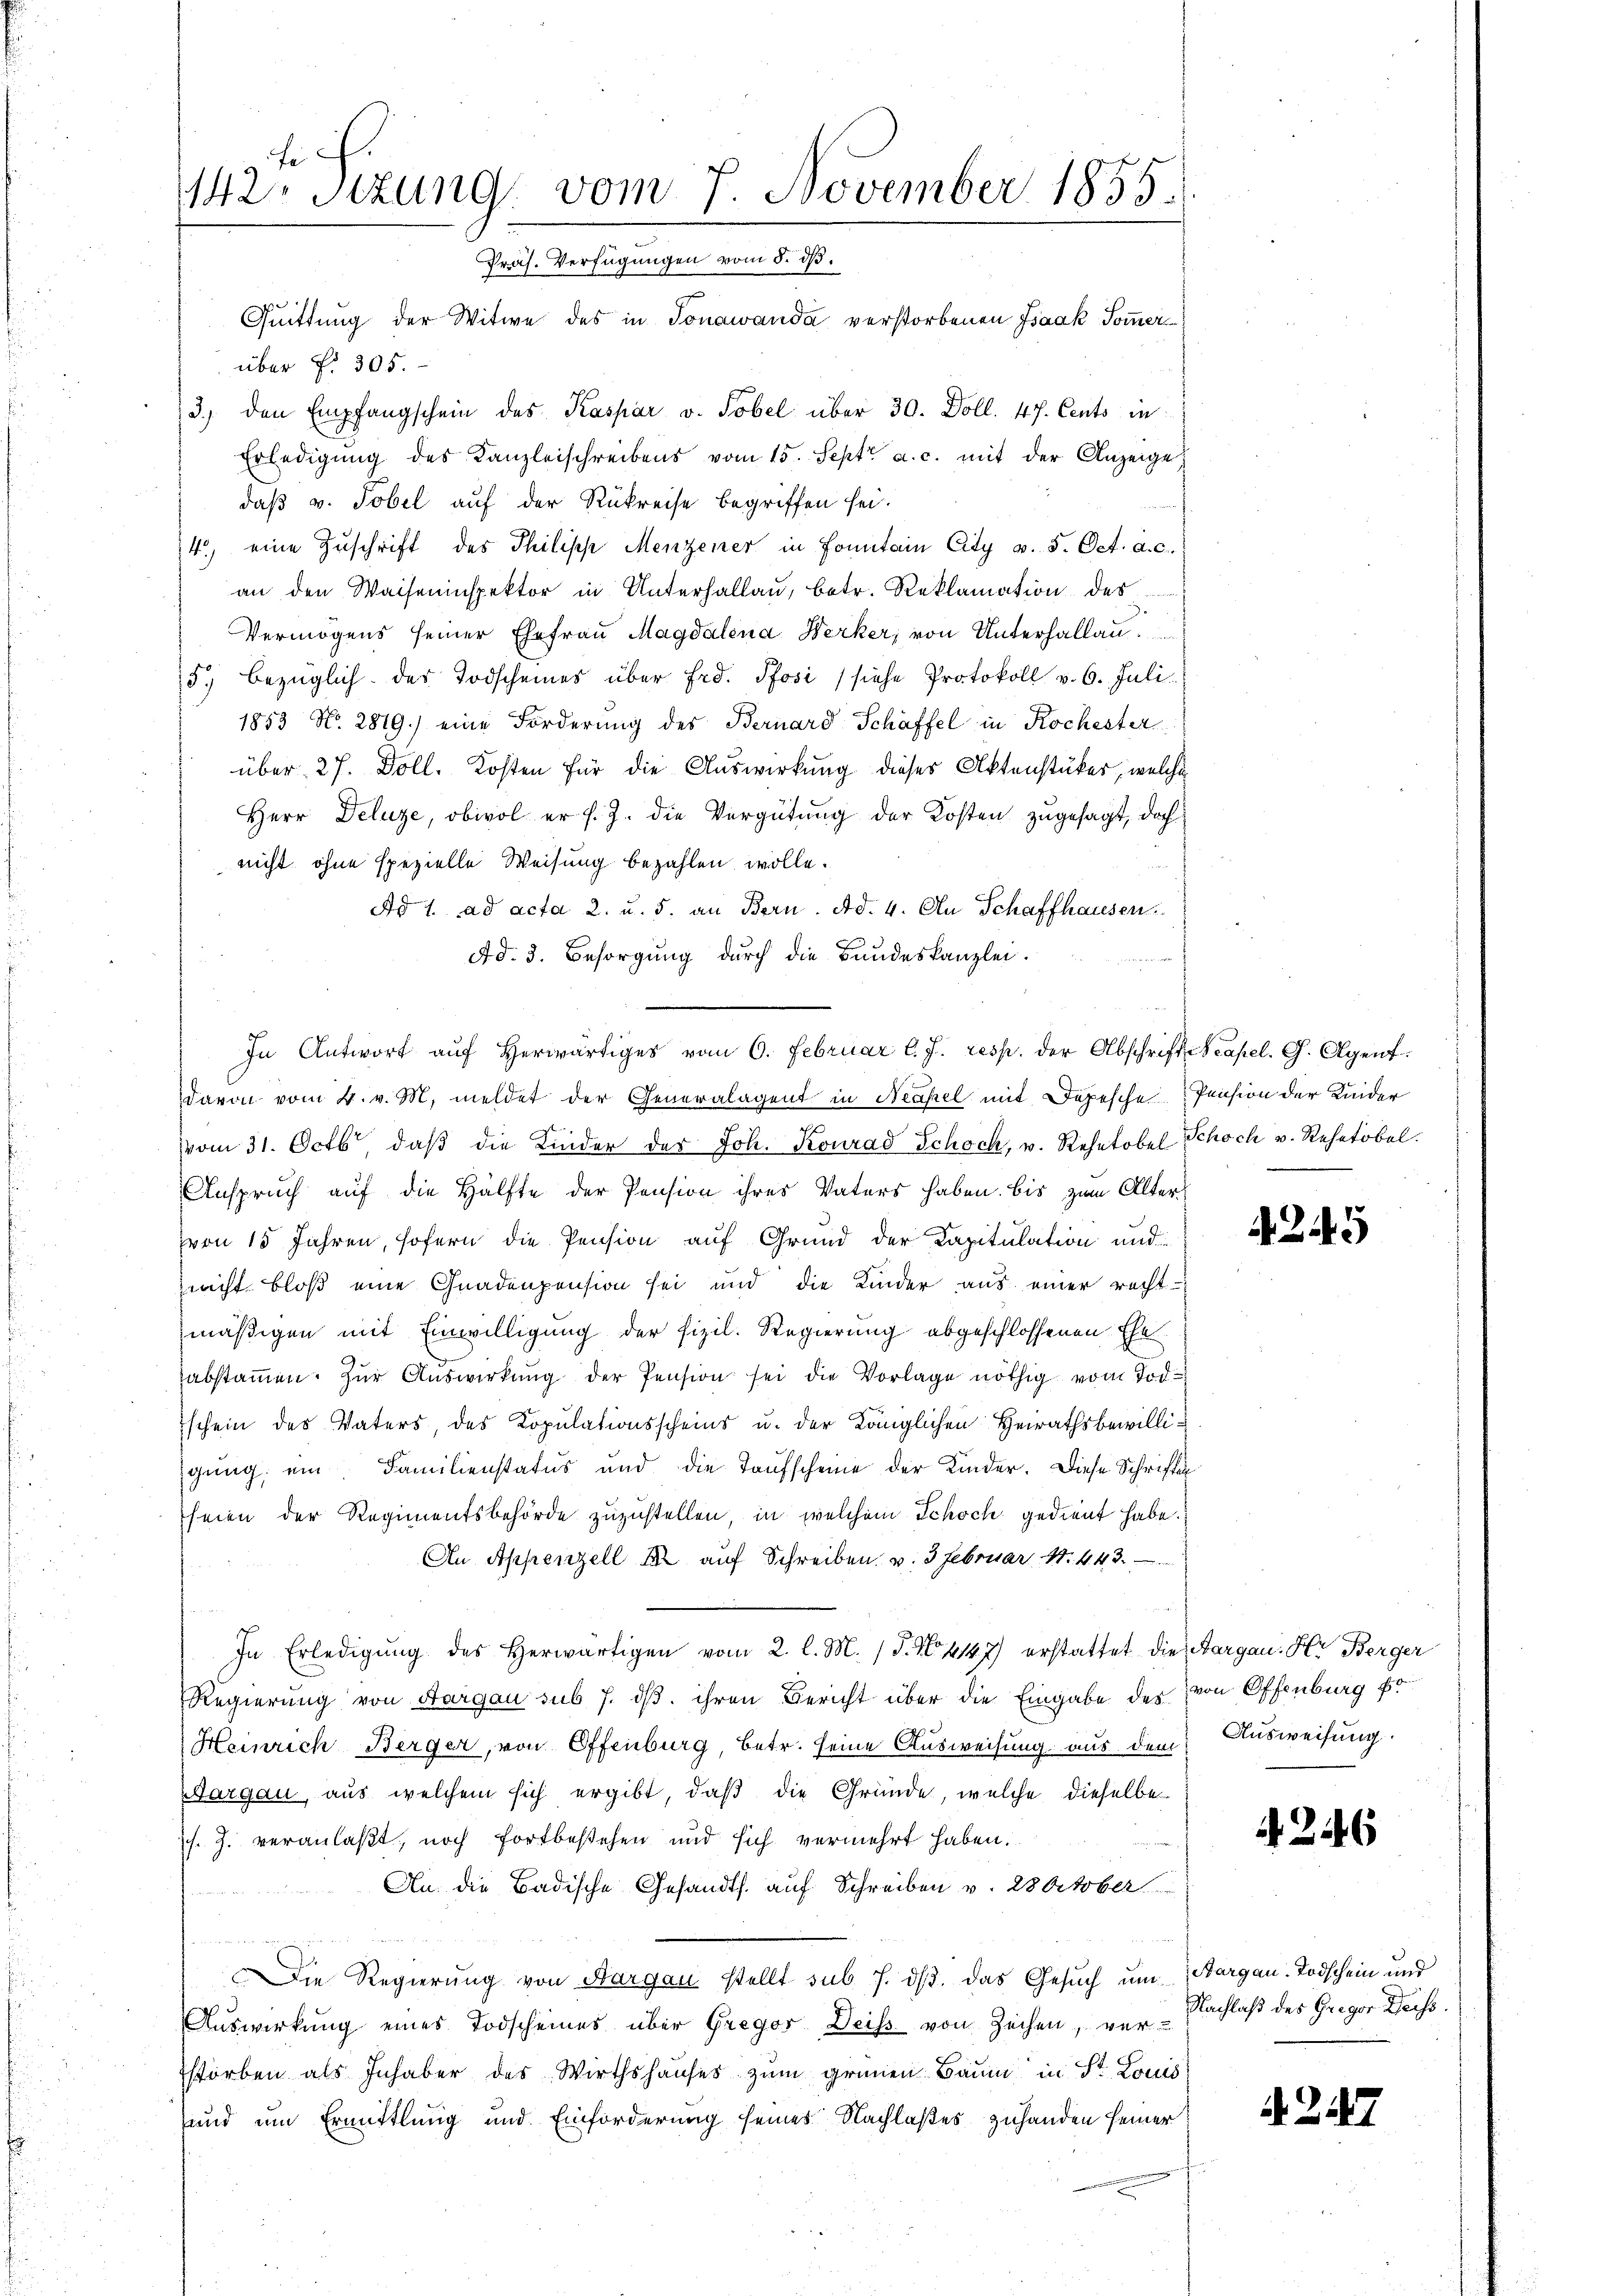
142. Sitzung vom 7. November 1855.
Präs. Verfügungen vom 5. dß.

Quittung der Witwe des in Jonawanda verstorbenen Isaak Sommer
über Nr. 305.
3. den Empfangschein des Kaspar v. Tobel über 30. Doll. 47. Cents in
Erledigŭng des Kanzleischreibens vom 15. Sept. a. c. mit der Anzeige
daβ v. Tobel auf der Rükreise begriffen sei.
4) eine Zuschrift des Philipp Menzener in Fontain City v. 5. Oct. a. c.
an den Waiseninspektor in Unterhallau, betr. Reklamation des
Vermögens seiner Ehefrau Magdalena Werker, von Unterhallau
5., bezüglich des Todscheines über Frd. Pfosi (siehe Protokoll v. 6. Juli.
1853 No. 2819.) eine Forderung des Bernard Schäffel in Kochester
über 27. Doll. Kosten für die Auswirkung dieser Aktenstücker, welche
Herr Deluze, obwol er s. Z. die Vergütung der Kosten zugesagt, doch
nicht ohne spezielle Weisung bezahlen wolle.
Ad 1. ad acta 2. u. 5. an Bern. Ad. 4. An Schaffhausen
Ad. 3. Besorgung durch die Bundeskanzlei.
davon vom 4. v. M. meldet der Generalagent in Neapel mit Depesche Pension der Kinder
vom 31. Octb. daβ die Kinder der Joh. Konrad Schoch, u. Rehetobel Schoch v. Rehetobel.
Anspruch auf die Hälfte der Pension ihres Vaters haben. Bis zum Alterzvon 15 Jahren, sofern die Pension auf Grund der Kapitulation und
nnicht bloß eine Gnadenpension sei und die Kinder aus einer recht-
mäßigen mit Einwilligung der fizil. Regierung abgeschlossenen Eheabstammen. Zŭr Aŭswirkŭng der Pension sei die Vorlage nöthig vom Tod.
schein des Vaters, des Kopulationsscheins u. der Königlichen Heirathsbewilliigung ein Familienstatus und die Taufscheine der Kinder. Diese Schrifte
seien der Regimentsbehörde zuzustellen, in welchem Schoch gedient habe.
An Appenzell I auf Schreiben, u. 3 Februar N. 443.
In Erledigŭng des herwärtigen vom 2. l. M. (T. No 417 erstattet die Aargau. Hr. Berger
Regierung von Aargau sub 7. ds. ihren Bericht über die Eingabe des von Offenburg fr
Heinrich Berger, von Offenburg, betr. seine Ausweisung aus dem Ausweisung.
argau, aus welchem sich ergibt, daß die Gründe, welche dieselbe
s. J. veranlaßt, noch fortbestehen und sich vermehrt haben.
An die Badische Gesandts. auf Schreiben v. 28 October
Die Regierung von Aargau stellt sub 7. dβ. das Gesŭch ŭm Aargau-Todschein und
Auswirkung eines Todscheines über Gregor Deiss von Zeihen, vor Nachlaß des Gregor Deiss.
storben als Inhaber des Wirthshauses zum grünen Baum in St. Louis
und um Ermittlung und Einforderung seines Nachlaßes zuhanden seiner

In Antwort aŭf herwärtiges vom 6. Februar l. J. resp. der Abschrift Neapel. G. Agent¬

A 245

246

. 247